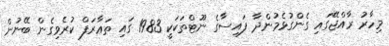
މިހާރު ރާއްޖޭގައި ގެންގުޅެމުންދާ ފައިސާގެ ނޫޓްތަކަކީ 1983 ގައި ތަޢާރަފް ކުރެވިގެން ބޭނުން